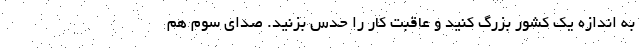
به اندازه یک کشور بزرگ کنید و عاقبت کار را حدس بزنید. صدای سوم هم